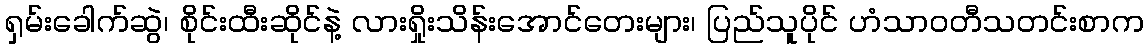
ရှမ်းခေါက်ဆွဲ၊ စိုင်းထီးဆိုင်နဲ့ လားရှိုးသိန်းအောင်တေးများ၊ ပြည်သူပိုင် ဟံသာဝတီသတင်းစာက